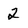
Character: 2